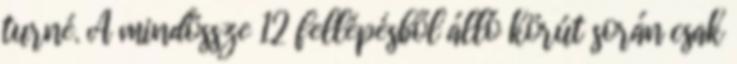
turné. A mindössze 12 fellépésből álló körút során csak